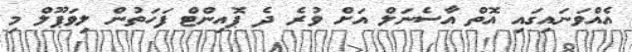
އެއްވަނައިގައި އޮތް އާސެނަލް އަށް ވުރެ ދެ ޕޮއިންޓް ފަހަތުން ލިވަޕޫލް މި